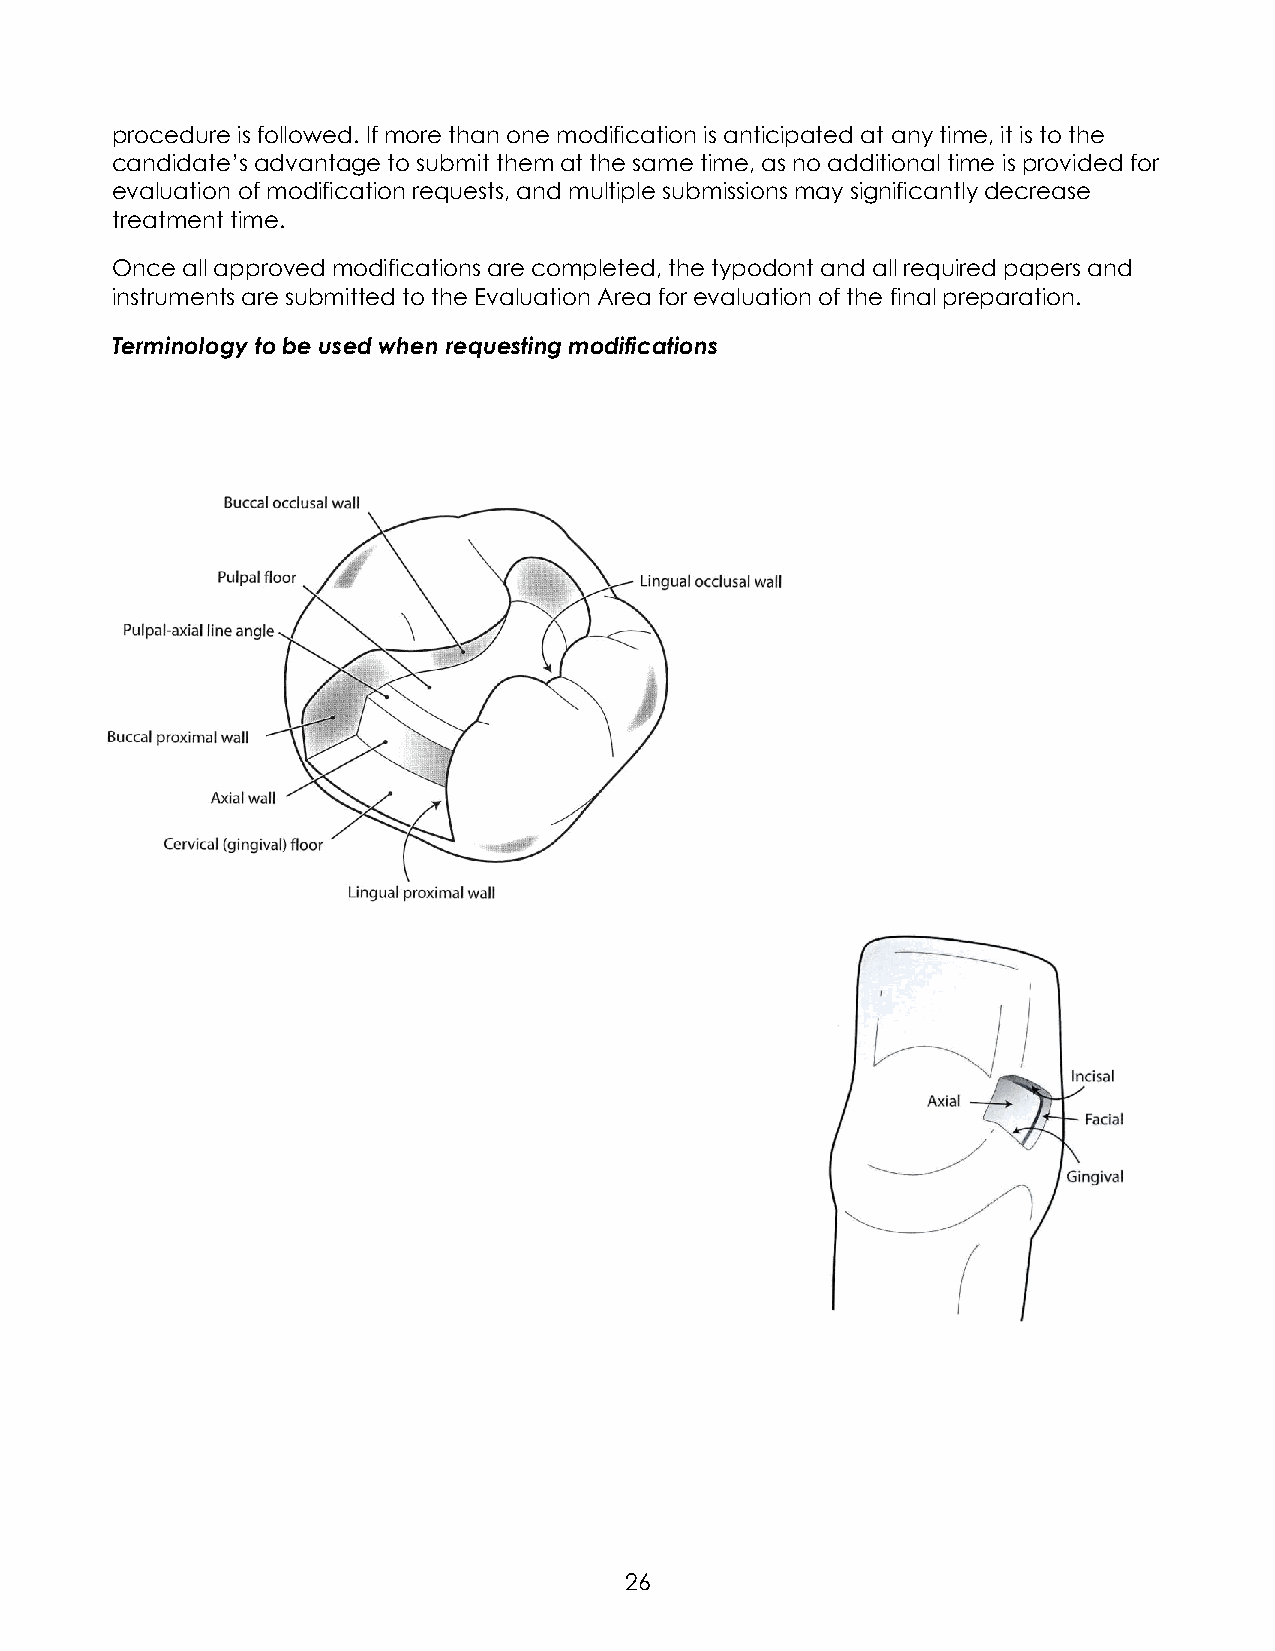
procedure is followed. If more than one modification is anticipated at any time, it is to the
 candidate’s advantage to submit them at the same time, as no additional time is provided for
 evaluation of modification requests, and multiple submissions may significantly decrease
 treatment time.
 Once all approved modifications are completed, the typodont and all required papers and
 instruments are submitted to the Evaluation Area for evaluation of the final preparation.
 Terminology to be used when requesting modifications
 26